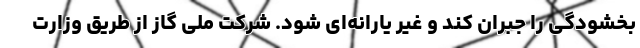
بخشودگی را جبران کند و غیر یارانه‌ای شود. شرکت ملی گاز از طریق وزارت